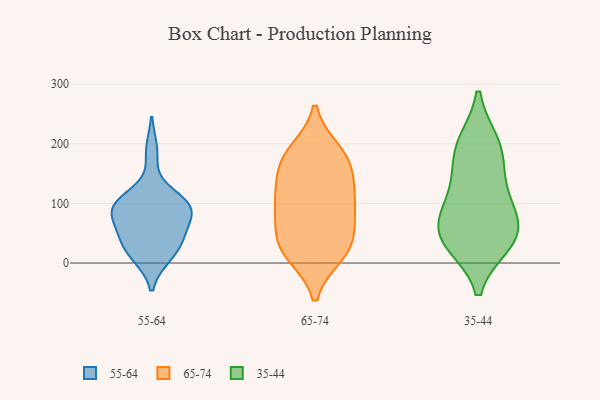
{"axis": {"x": "Shipments", "y": "Value"}, "legend": ["35-44", "55-64", "65-74"], "data": [{"x": "", "y": 95, "type": "55-64"}, {"x": "", "y": 91, "type": "55-64"}, {"x": "", "y": 101, "type": "55-64"}, {"x": "", "y": 87, "type": "55-64"}, {"x": "", "y": 102, "type": "55-64"}, {"x": "", "y": 31, "type": "55-64"}, {"x": "", "y": 14, "type": "55-64"}, {"x": "", "y": 52, "type": "55-64"}, {"x": "", "y": 98, "type": "55-64"}, {"x": "", "y": 187, "type": "55-64"}, {"x": "", "y": 39, "type": "55-64"}, {"x": "", "y": 64, "type": "55-64"}, {"x": "", "y": 12, "type": "55-64"}, {"x": "", "y": 176, "type": "65-74"}, {"x": "", "y": 93, "type": "65-74"}, {"x": "", "y": 24, "type": "65-74"}, {"x": "", "y": 109, "type": "65-74"}, {"x": "", "y": 127, "type": "65-74"}, {"x": "", "y": 62, "type": "65-74"}, {"x": "", "y": 167, "type": "65-74"}, {"x": "", "y": 186, "type": "65-74"}, {"x": "", "y": 75, "type": "65-74"}, {"x": "", "y": 15, "type": "65-74"}, {"x": "", "y": 28, "type": "65-74"}, {"x": "", "y": 23, "type": "65-74"}, {"x": "", "y": 117, "type": "65-74"}, {"x": "", "y": 173, "type": "65-74"}, {"x": "", "y": 36, "type": "35-44"}, {"x": "", "y": 73, "type": "35-44"}, {"x": "", "y": 198, "type": "35-44"}, {"x": "", "y": 34, "type": "35-44"}, {"x": "", "y": 48, "type": "35-44"}, {"x": "", "y": 101, "type": "35-44"}, {"x": "", "y": 167, "type": "35-44"}, {"x": "", "y": 122, "type": "35-44"}, {"x": "", "y": 200, "type": "35-44"}, {"x": "", "y": 52, "type": "35-44"}]}